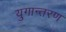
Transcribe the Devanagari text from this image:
युगान्तरण